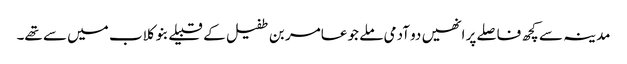
مدینہ سے کچھ فاصلے پر انھیں دو آدمی ملے جو عامر بن طفیل کے قبیلے بنو کلاب میں سے تھے۔